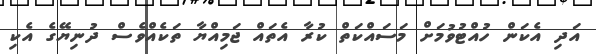
އަދި އެކަން ހުއްޓުވުމަށް މަސައްކަތް ކުރާ އެތައް ޖަމިއްޔާ ތަކެއްވެސް ދުނިޔޭގެ އެކި